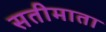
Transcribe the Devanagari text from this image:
सतीमाता